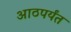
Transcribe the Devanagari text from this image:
आठपर्यंत